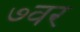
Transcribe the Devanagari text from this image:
७वर